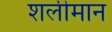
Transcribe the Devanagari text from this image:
शलीमान